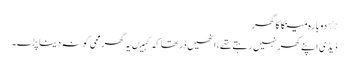
٭ دو بارہ مینکا کا گھر
ڈیڈی اپنے گھر نہیں رہتے تھے، انھیں ڈر تھاکہ کہیںیہ گھر ممی کو نہ دینا پڑے ۔